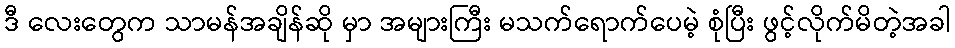
ဒီ လေးတွေက သာမန်အချိန်ဆို မှာ အများကြီး မသက်ရောက်ပေမဲ့ စုံပြီး ဖွင့်လိုက်မိတဲ့အခါ